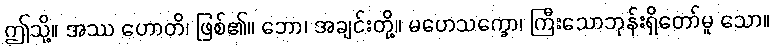
ဤသို့။ အဿ ဟောတိ၊ ဖြစ်၏။ ဘော၊ အချင်းတို့။ မဟေသက္ခော၊ ကြီးသောဘုန်းရှိတော်မူ သော။